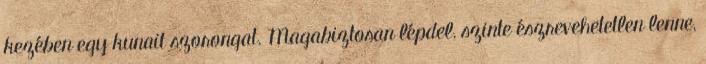
kezében egy kunait szorongat. Magabiztosan lépdel, szinte észrevehetetlen lenne,